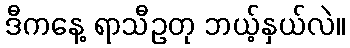
ဒီကနေ့ ရာသီဥတု ဘယ့်နှယ်လဲ။